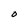
Character: O